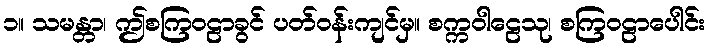
၁။ သမန္တာ၊ ဤစကြဝဠာခွင် ပတ်ဝန်းကျင်မှ။ စက္ကဝါဠေသု၊ စကြဝဠာပေါင်း